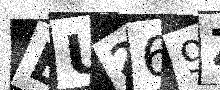
Text: BU269Z